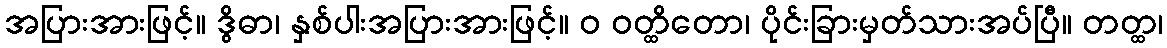
အပြားအားဖြင့်။ ဒွိဓာ၊ နှစ်ပါးအပြားအားဖြင့်။ ဝ ဝတ္ထိတော၊ ပိုင်းခြားမှတ်သားအပ်ပြီ။ တတ္ထ၊